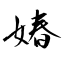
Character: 媋